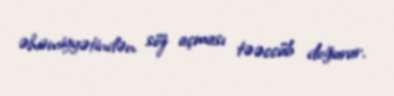
əhəmiyyətindən söz açması təəccüb doğurur.